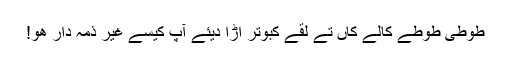
طوطی طوطے کالے کاں تے لقے کبوتر اڑّا دیئے آپ کیسے غیر ذمہ دار ھو!